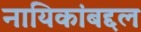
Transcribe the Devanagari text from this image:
नायिकांबद्दल